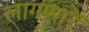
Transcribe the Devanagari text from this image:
लागणारें